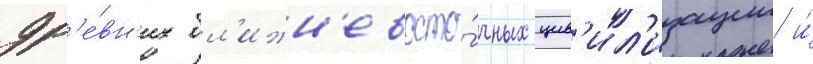
др'е́вн'их бл'ижн'евосто́чных цив'ил'изации и́